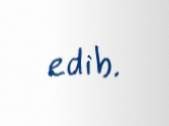
edib.